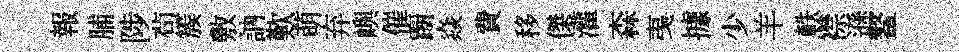
報脯陟茍簇敷訥歎萌弃嶼催蹰焱費移傑灌森𢎯據少羊軼襟遜鳌